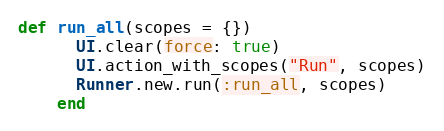
Language: Ruby
def run_all(scopes = {})
      UI.clear(force: true)
      UI.action_with_scopes("Run", scopes)
      Runner.new.run(:run_all, scopes)
    end